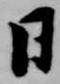
日